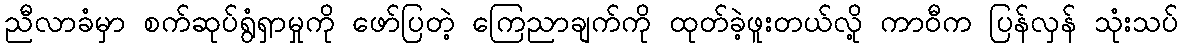
ညီလာခံမှာ စက်ဆုပ်ရွံရှာမှုကို ဖော်ပြတဲ့ ကြေညာချက်ကို ထုတ်ခဲ့ဖူးတယ်လို့ ကာဝီက ပြန်လှန် သုံးသပ်